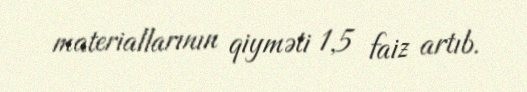
materiallarının qiyməti 1,5 faiz artıb.